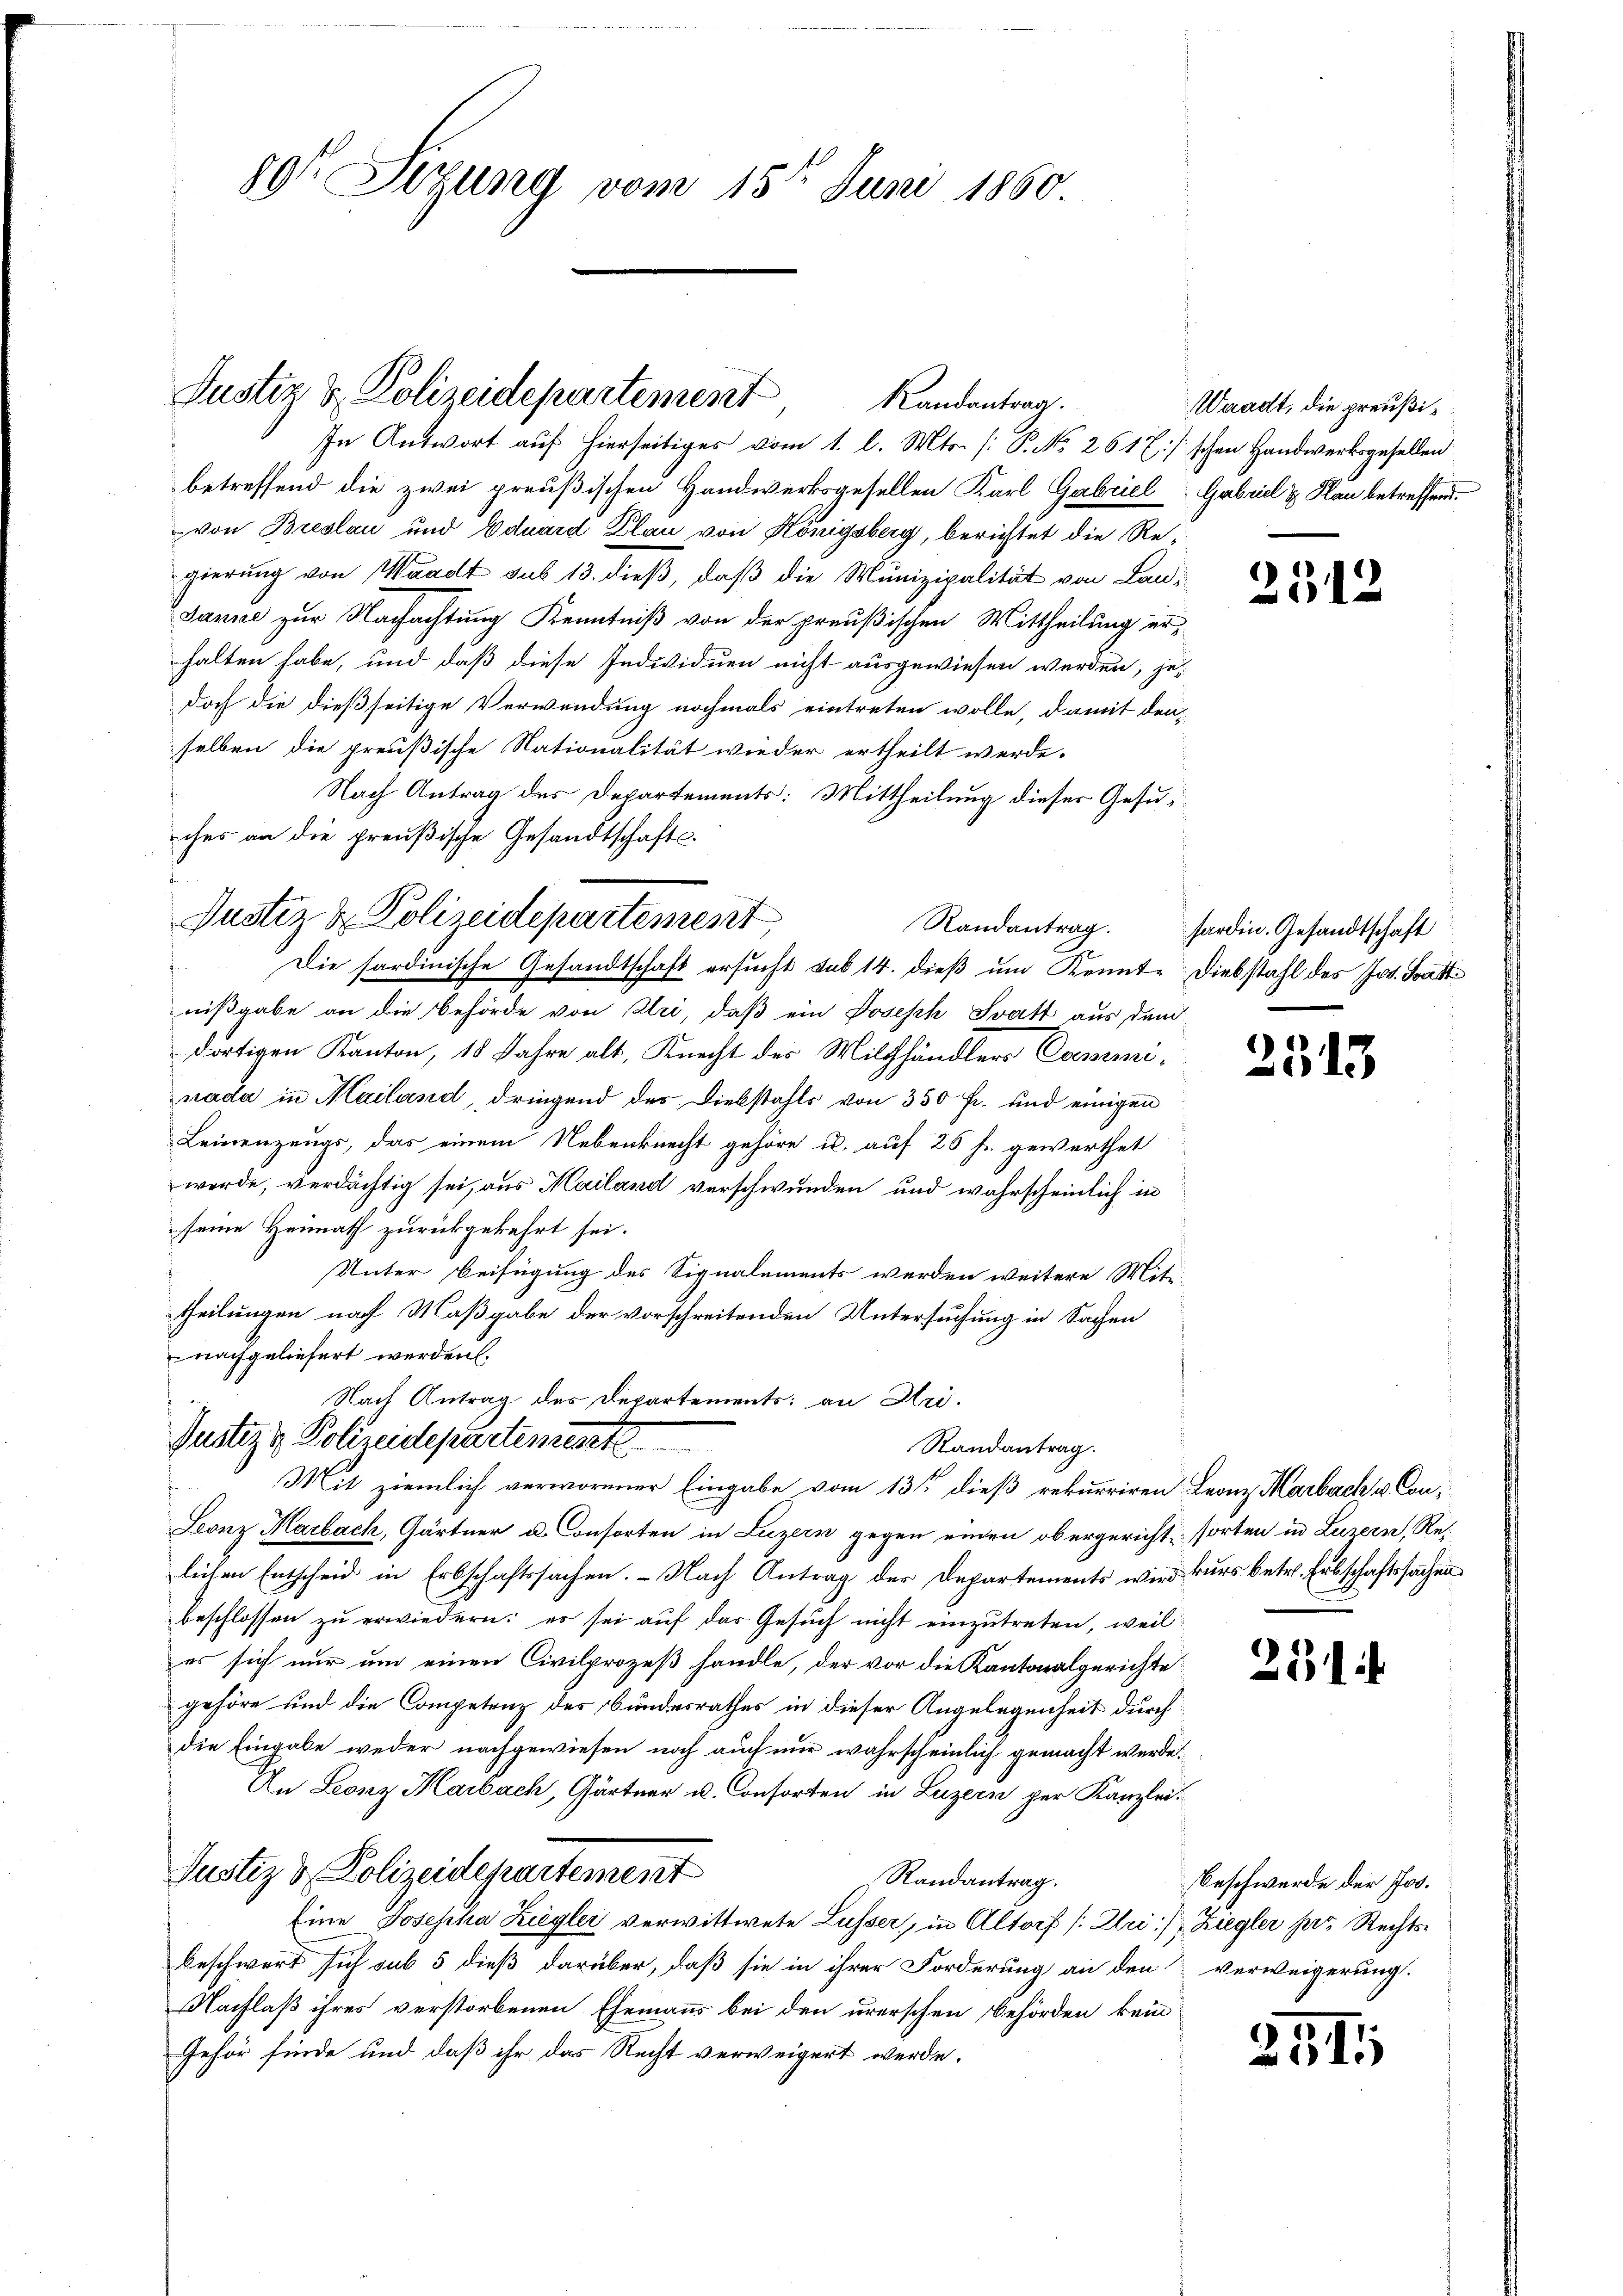
89t Setzung vom 15ten Juni 1860

In Antwort auf hierseitiges vom 1. l. Mts. (: P. No. 261 :/ schen Handwerksgesellen
betreffend die zwei preußischen Handwerksgesellen Karl Gabriel Gabriel & Plan betreffend,
von Breslau und Eduard Plan von Königsberg, berichtet die Regierung von Waadt sub 13. dieß, daß die Munizipalität von Lan¬
Janne zur Nachachtung Kenntniß von der preußischen Mittheilung erhalten habe, und daß diese Individuen nicht ausgewiesen werden, jedoch die dießseitige Verwendung nochmals eintreten wolle, damit den-
selben die preußische Nationalität wieder ertheilt werde.
Nach Antrag des Departements: Mittheilung dieser Gesuches an die preußische Gesandtschafts¬
Die sardinische Gesandtschaft ersucht sub 14. dieß um Kennt-Diebstahl des Jos. Tratt
nißgabe an die Behörde von Uri, daß ein Joseph Statt aus dem
dortigen Kanton, 18 Jahre alt, Knecht des Milchhändlers Comminada in Mailand, dringend des Diebstahls von 350 fr. und einigen
Leinenzeugs, das einem Nebenknecht gehöre u. auf 26 f. gewerthet
werde, verdächtig sei, aus Mailand verschwunden und wahrscheinlich in
seine Heimath zurückgekehrt sei.
Unter Beifügung des Signalements werden weitere Mit-
theilungen nach Maßgabe der vorschreitenden Untersuchung in Sachen
nachgeliefert werden.
Nach Antrag des Departements an Ar¬
Justiz & Polizeidepartenwarte
Randantrag.
Mit ziemlich verworener Eingabe vom 13ten dieß rekurriren Leonz Marbach u. Con¬
Leonz Marbach, Gärtner u. Consorten in Luzern gegen einen obergericht sorten in Luzern, Re-
lichen Entscheid in Erbschaftssachen. - Nach Antrag der Departements wird kurs betr. Erbschaftssachen
beschlossen zu erwiedern: es sei auf das Gesuch nicht einzutreten, weil
es sich nur um einen Civilprozeß handle, der vor die Kantonalgerichte
gehöre und die Competenz des Bundesrathes in dieser Angelegenheit durch
die Eingabe weder nachgewiesen noch auch nur wahrscheinlich gemacht werde.
In Leonz Haibach, Gärtner u. Consorten in Luzern per Kanzlei-
Justiz & Polizeidepartement
Randantrag.
Eine Josepha Ziegler verwittwete Lusser, in Altorf (Uri), Ziegler per Rechtsbeschwert sich sub 5 dieß darüber, daß sie in ihrer Forderung an den & verweigerung
Nachlaß ihres verstorbenen Ehemanns bei den urerschen Behörden kein
Gehör finde und daß ihr das Recht verweigert werde.

Justiz & Polizeidepartement
Randantrag.

Justiz & Polizeidepartement,

Waadt, die preußi¬

Randantrag. Hardin. Gesandtschaft

251

u

2313

231.

Beschwerde der Jos.

2